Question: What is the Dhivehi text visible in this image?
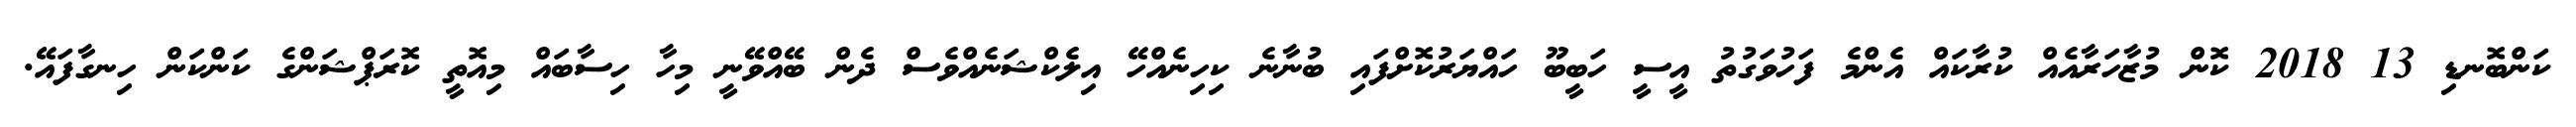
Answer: ކަންބޮނޑި 13 2018 ކޮން މުޒާހަރާއެއް ކުރާކައް އެންމެ ފަހުވަގުތު އީސީ ހަބީބޫ ހައްޔަރުކޮށްފައި ބުނާނެ ކިހިނެއްހޭ އިލެކްޝަނެއްވެސް ދެން ބޭއްވޭނީ މިހާ ހިސާބައް މިއޮތީ ކޮރަޕްޝަންގެ ކަންކަން ހިނގާފައޭ.